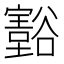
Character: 𲂜